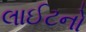
લાઈટનો